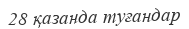
28 қазанда туғандар